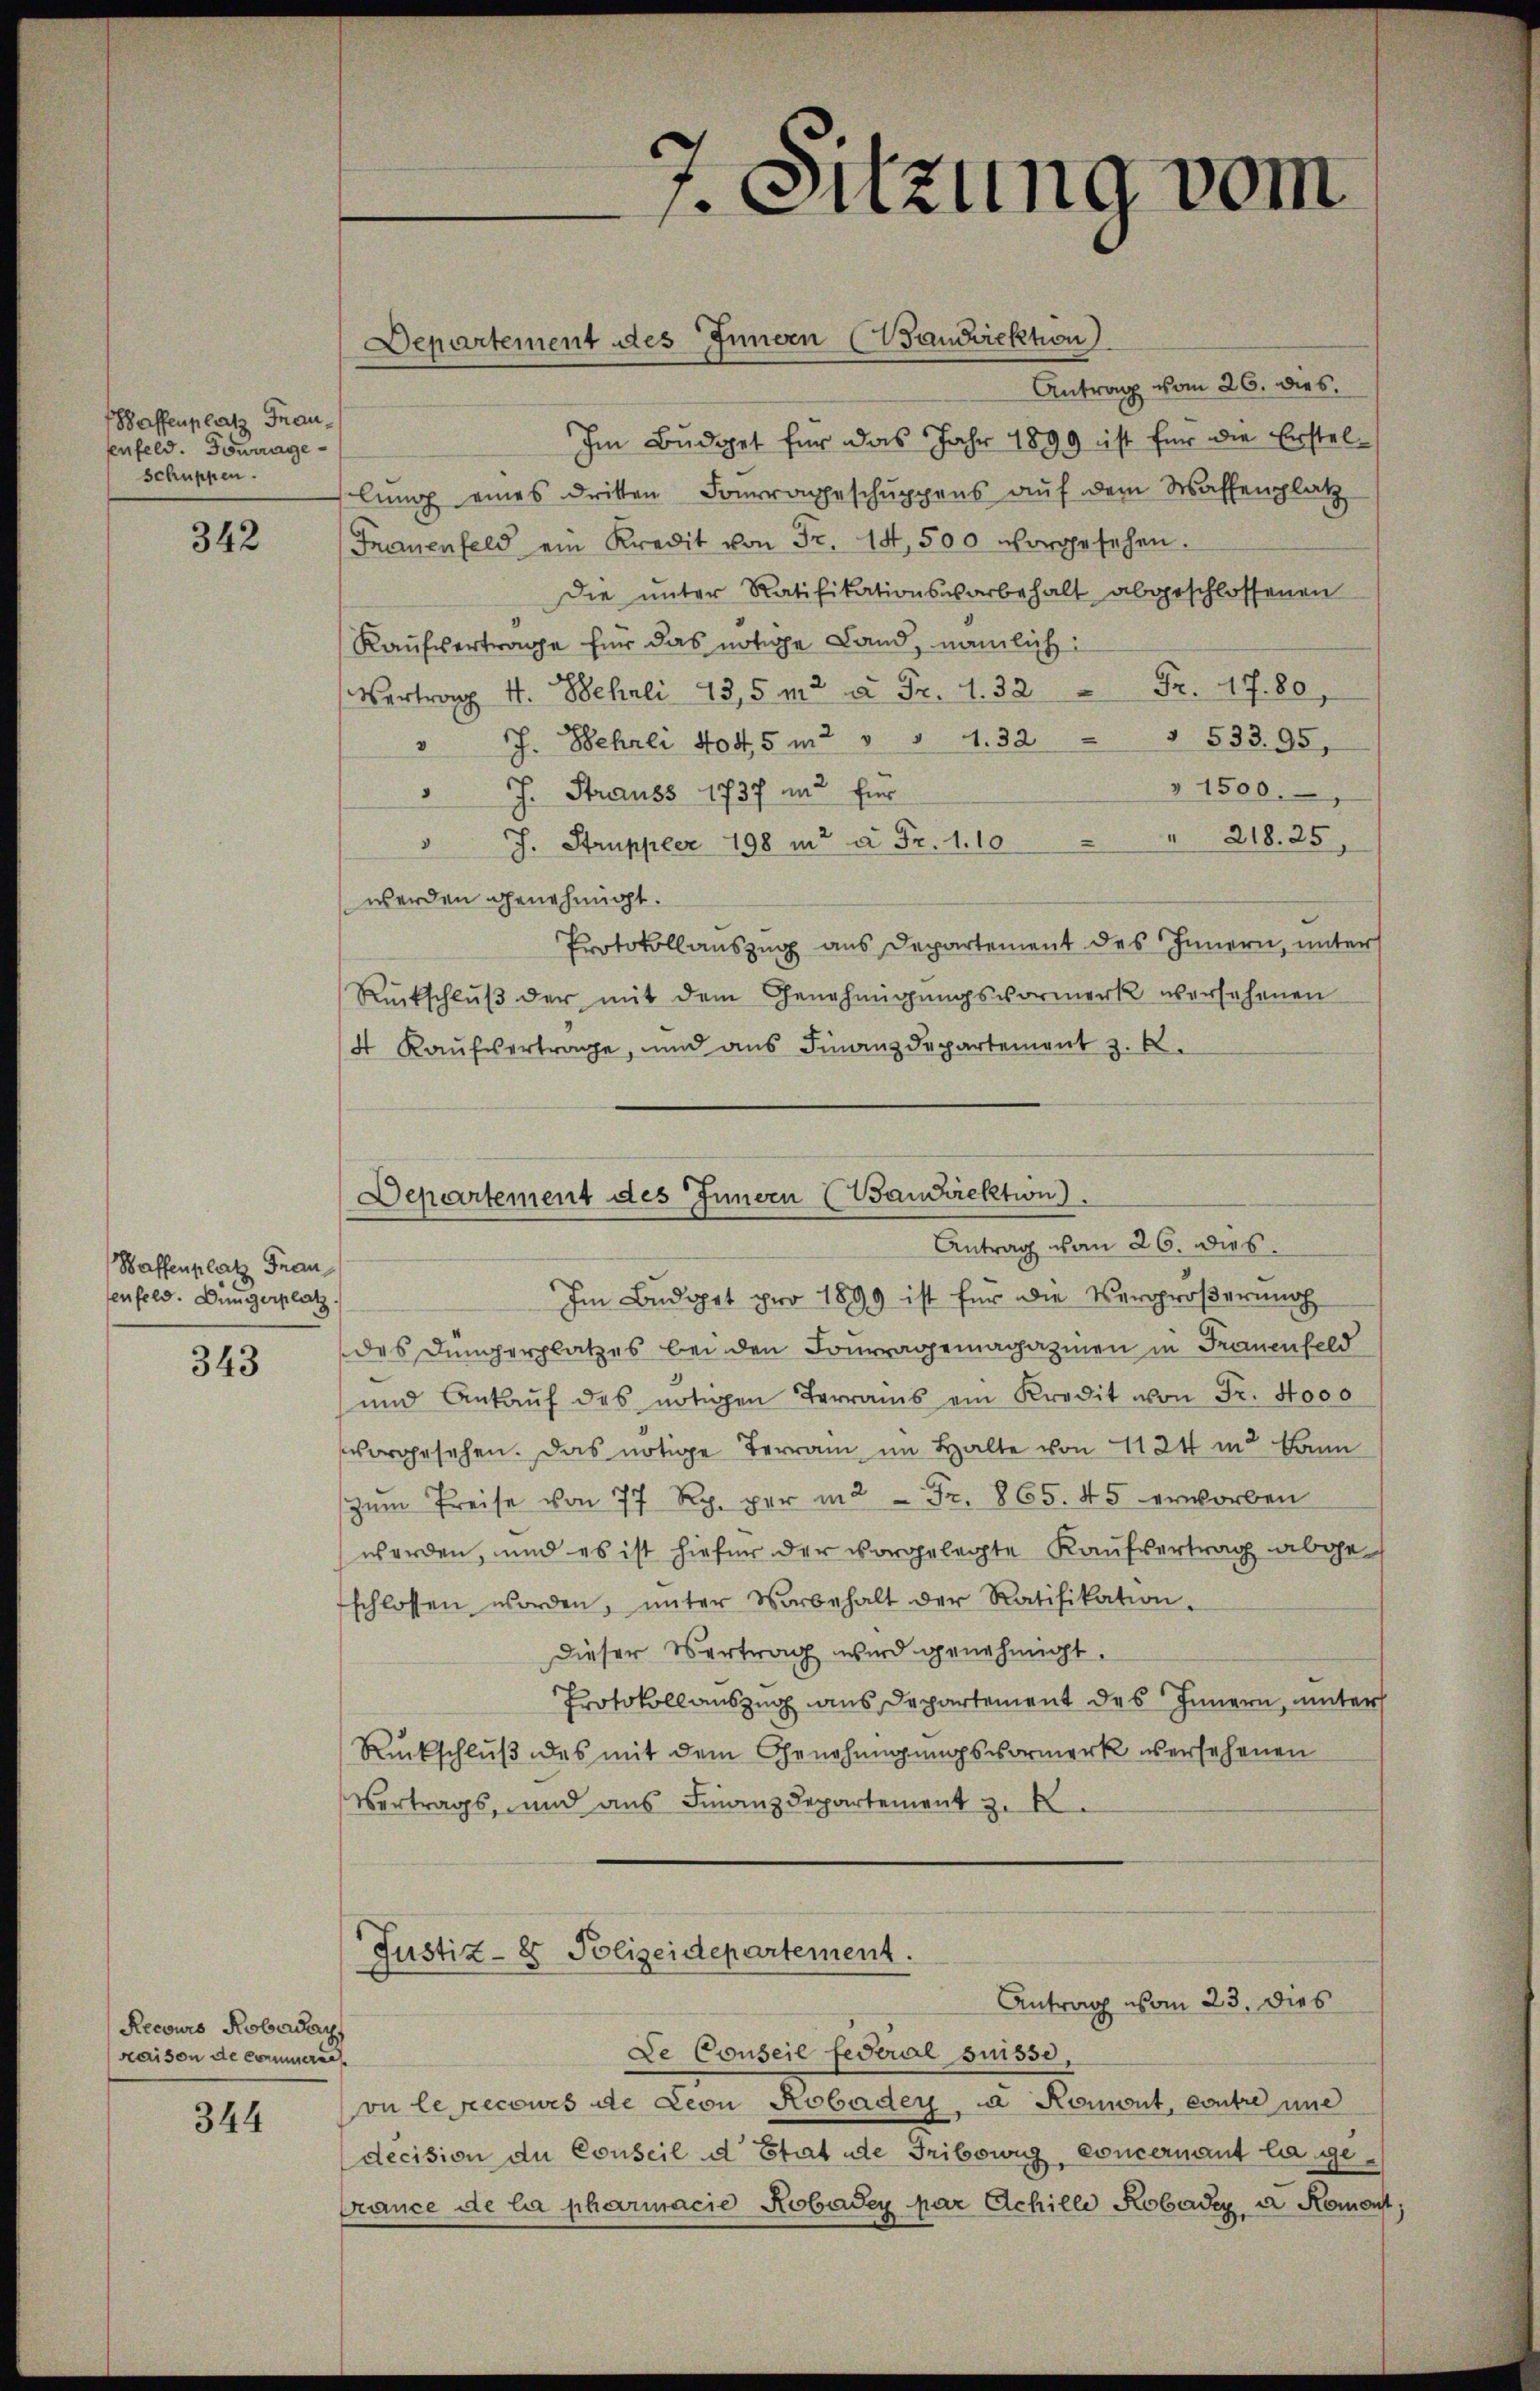
Waffenplatz Frausenfeld. Tourage
schuppen.

342

Waffenplatz Frau
enfeld. Düngerplatz

343

Recours Robaday
maison de commerun

344

Departement des Innern (Wanriektion)

7. Sitzung vom

Justiz- & Polizeidepartement.
Antrag vom 23. Dies

Antrag vom 26. dies
Im Budget für das Jahr 1899 ist für die Erstellung eines dritten Fourageschuppens auf dem Waffenplatz
Frauenfeld ein Kredit von Fr. 15,500 vorgesehen.
die ŭnter Ratifikationsvorbehalt abgeschlossenen
Kaufvertrage für das nötige Land, nämlich
Fr. 17. 80
Vertrag 4. Beheli 13,5 m2 u. Fr. 1. 32
§ 533. 95,
" J. Behrli todt 5 m2 " " 1. 32
" 1500.
 J. Strauss 1737 und für
" 218. 25.
 J. Struppeer 198 in à Fr. 1.10
werden genehmigt.
Protokollauszug aus Departement des Innern, unter
Rückschlŭβ der mit dem Genehmigŭngsvormerk versehenen
4 Kaŭfvertrage, und ans Finanzdepartement z. B.
Departement des Innern (Baudrektion
Antrag vom 26. Dies
Im Budget pro 1899 ist für die Vergrößerung
des Düngerplatzes bei den Fouragemagazinen in Frauenfeld
und Ankaŭf des nötigen Terrais ein Kredit von Fr. 4000
vorgesehen. Das nötige Terrain im Halte von 1124 in Bann
zŭm Preise von 77 Rp. per in 2 Fr. 865. 45 erworben
werden, und es ist hiefür der vorgelegte Kaufvertrag abgeschlossen worden, ŭnter Vorbehalt der Ratifikation
Dieser Vertrag wird genehmigt.
Protokoll auszug aus Departement des Innern, unter
Rückschlŭβ des mit dem Genehmigŭngsvormerk us ersehenen
Vertrags, und aus Finanzdepartement z. B.

Le Conseil federal suisse,
on lepecowes de Leon Robader, da Romont, contre une
decision de Conseil d Etat de Fribowig, Concernant la ge¬
Crance de la pharmacie Robadey par Achille Robader, a. Romonst,